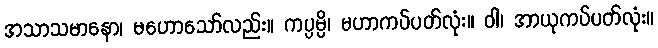
အသာသမာနော၊ မဟောသော်လည်း။ ကပ္ပမ္ပိ၊ မဟာကပ်ပတ်လုံး။ ဝါ၊ အာယုကပ်ပတ်လုံး။